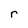
Character: r